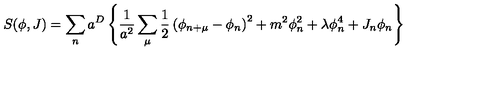
S ( \phi , J ) = \sum _ { n } a ^ { D } \left\{ \frac { 1 } { a ^ { 2 } } \sum _ { \mu } \frac { 1 } { 2 } \left( \phi _ { n + \mu } - \phi _ { n } \right) ^ { 2 } + m ^ { 2 } \phi _ { n } ^ { 2 } + \lambda \phi _ { n } ^ { 4 } + J _ { n } \phi _ { n } \right\}